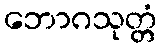
ဘောဂသုတ္တံ